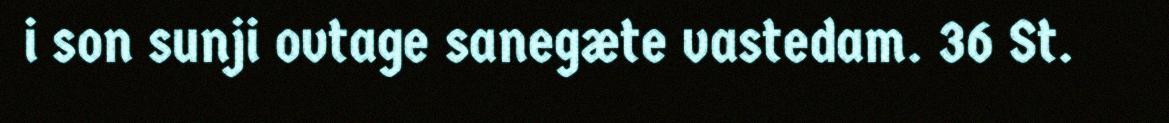
i son sunji ovtage sanegæte vastedam. 36 St.